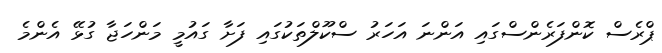
ޕްރެސް ކޮންފަރެންސްގައި އަންނަ އަހަރު ސްކޫލްތަކުގައި ފަށާ ގައުމީ މަންހަޖާ ގުޅޭ އެންމެ